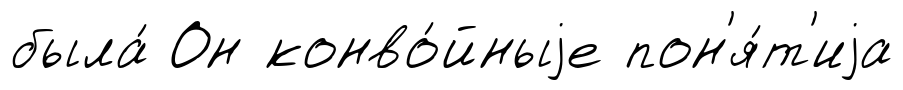
была́ Он конво́йныjе пон'я́т'иjа